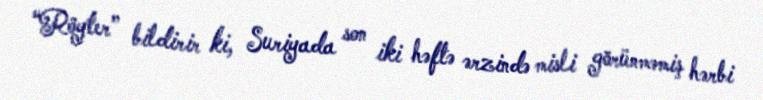
“Röyter” bildirir ki, Suriyada son iki həftə ərzində misli görünməmiş hərbi